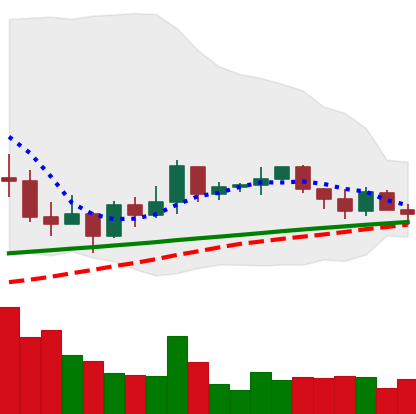
Ticker: XRP-USD
Chart end date: 2021-03-15
Forward return: 20.44%
Label: up_7plus